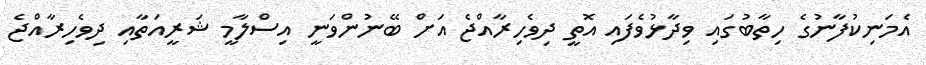
އެމަނިކުފާނުގެ ހިތާބުގައި ވިދާޅުވެފައި އޮތީ ދިވެހިރާއްޖެ އަށް ބޭނުންވަނީ އިސްލާމީ ޝަރީއަތާއި ދިވެހިރާއްޖެ